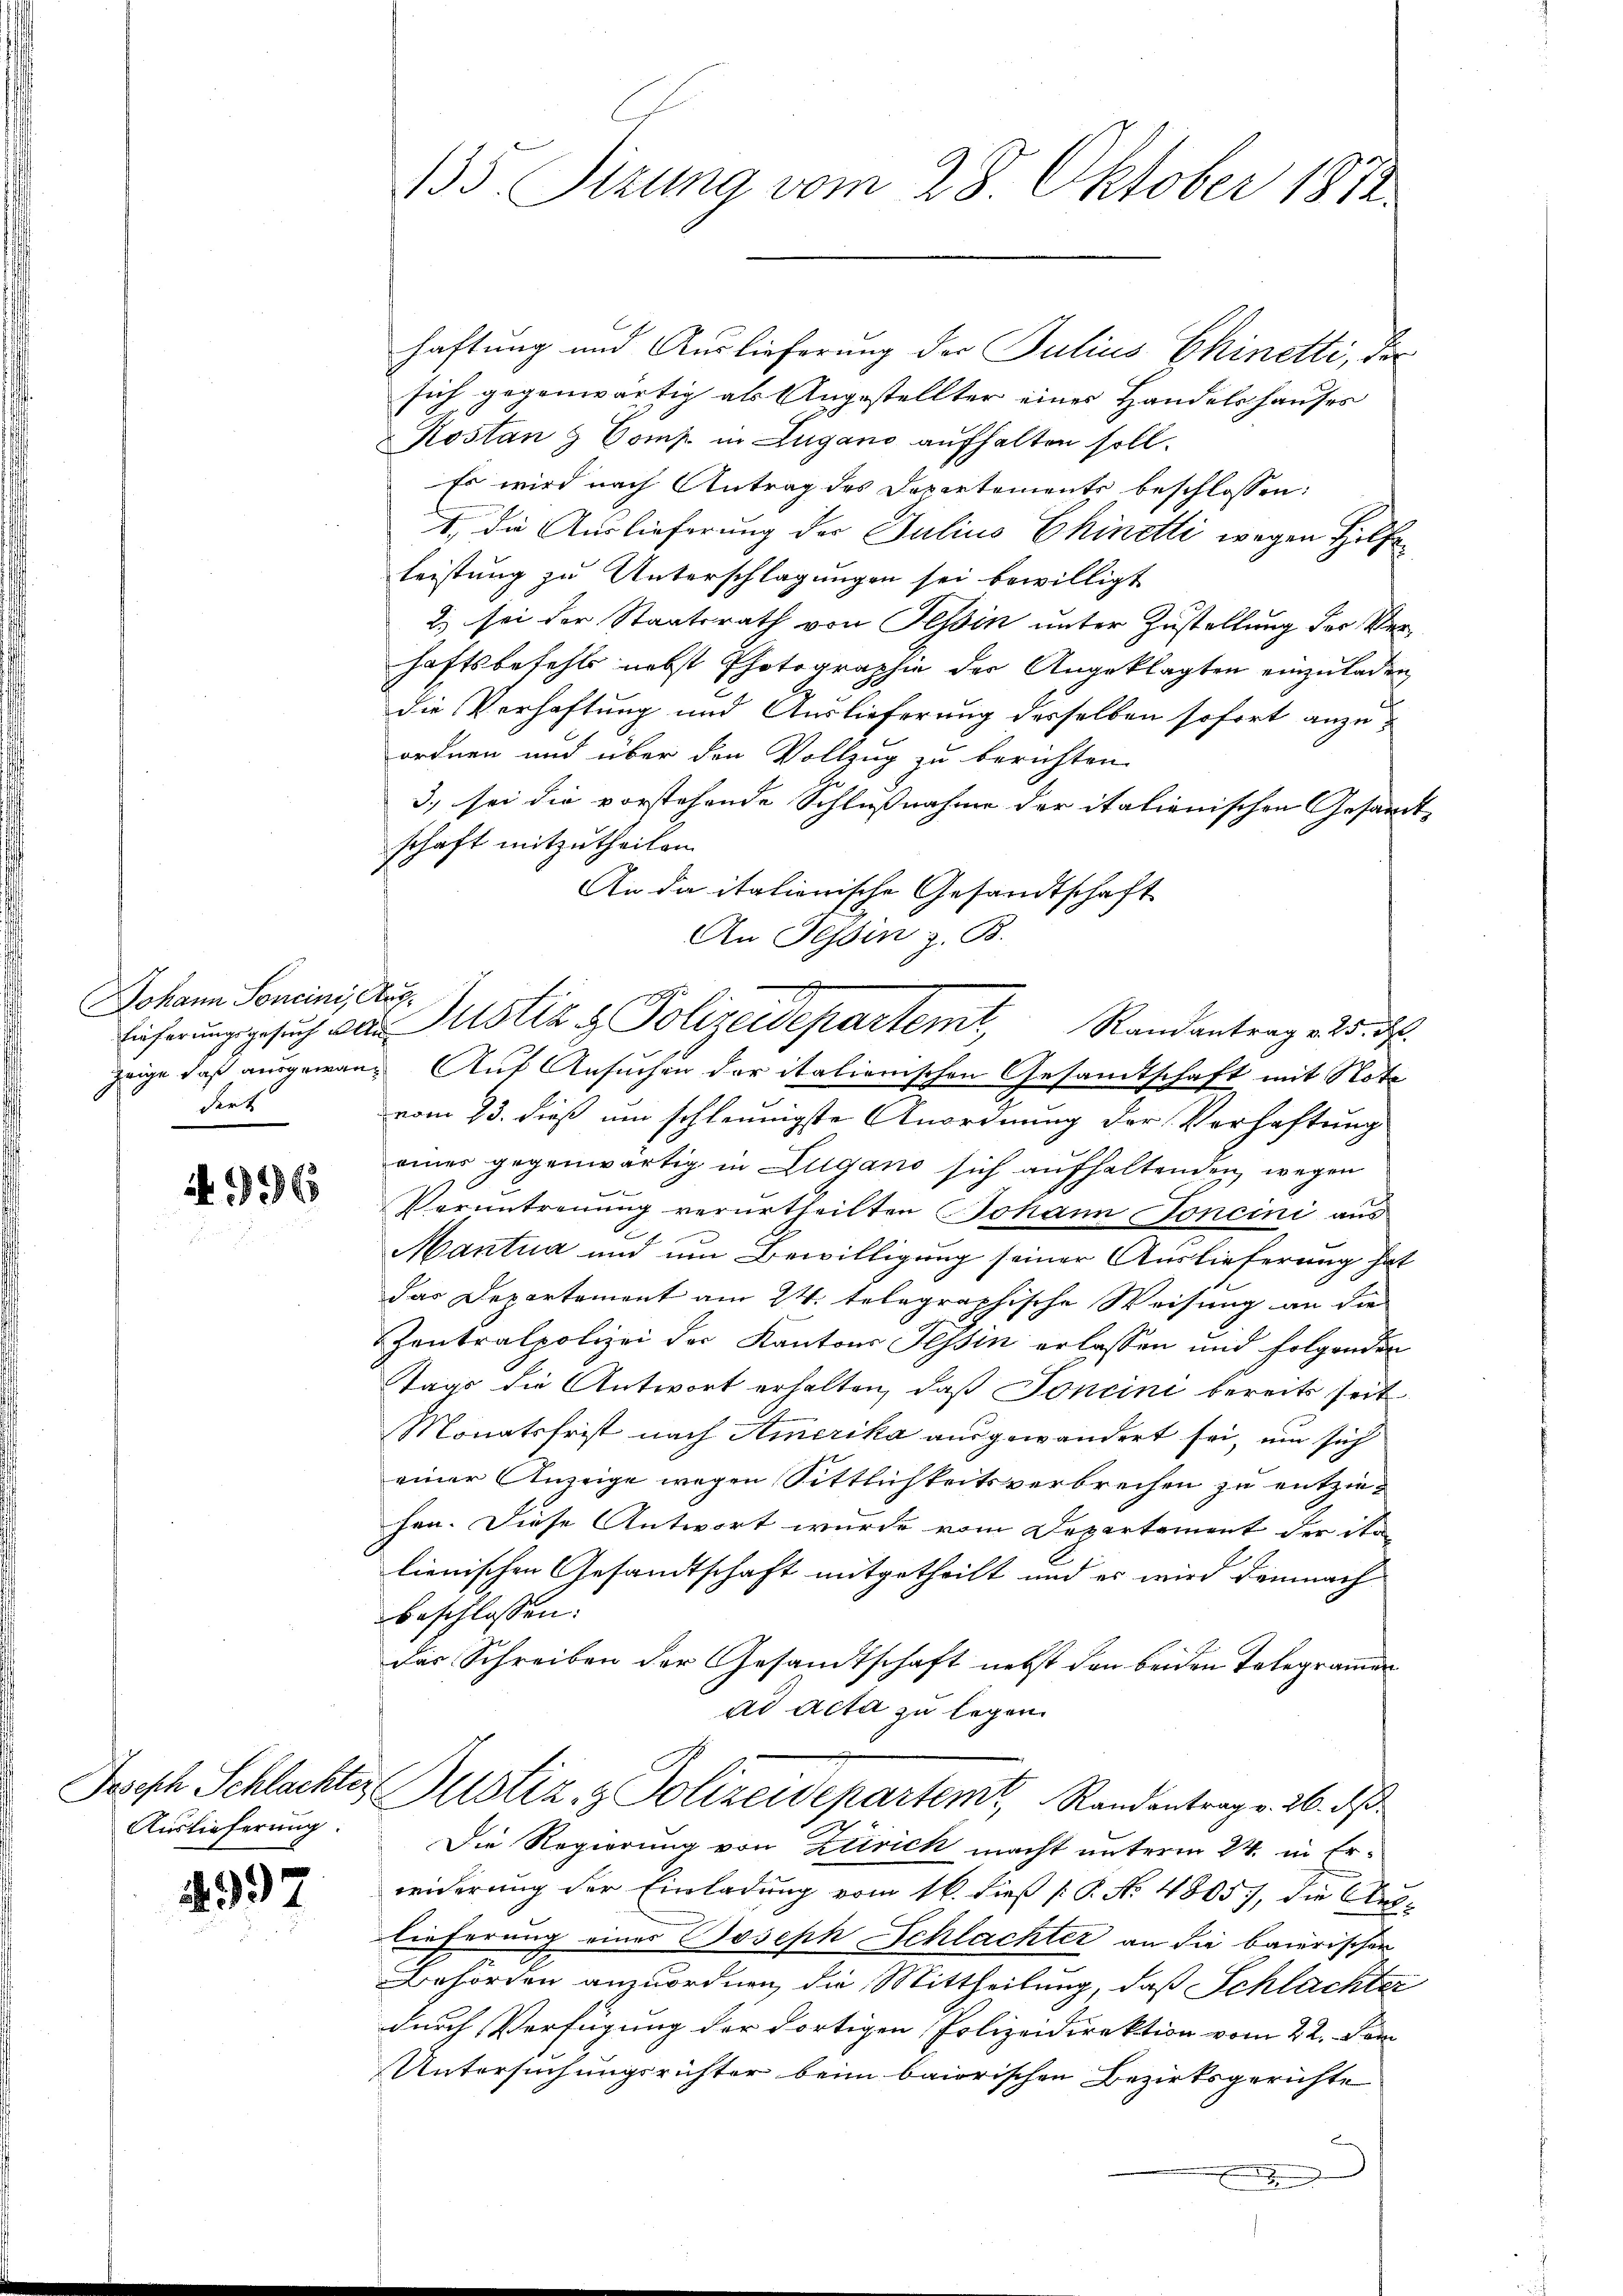
Johann Soncini, Stögdert

4996

Auslieferung.

.992

haftung und Auslieferung der Julius Chinetti, da
sich gegenwärtig als Angestellter eines Handelshauses
Kostan & Comp. in Zugano aufhalten soll.
Es wird nach Antrag des Departemente beschlossen:
1. die Auslieferung der Julius Chinetti wegen Hilf
leistung zu Unterschlagungen sei bewilligt
2) sei der Staatsrath von Tessin unter Zustellung der Verhaftsbefehls nebst Photographie der Angeklagten einzuladen
die Verhaftung und Auslieferung desselben sofort anzuordnen und über den Vollzug zu berichten.
3) sei die vorstehende Schlußnahme der italienischen Gesan
schaft mitzutheilen.
An da italienische Gesandtschaft
An Tessin z. B.
zeige daß ausgewang Auf Ansuchen der italienischen Gesandtschaft mit Note
vom 23. dieß um schleunigste Anordnung der Verhaftung
einer gegenwärtig in Zugano sich aufhaltenden, wegen
Verantrennung verurtheilten Johann Foncini aus
Mantua und um Bewilligung seiner Auslieferung hat
das Departemont am 24. telegraphische Weisung an die
Zentralpolizei der Kantons Tessin erlassen und folgenden
Tags die Antwort erhalten, daß Joncini bereits seit
Monatsfrist nach Amerika ausgewandert sei, um sich
einer Anzeige wegen Sittlichkeitsverbrechen zu entziehen. Diese Antwort wurde vom Departement der Sta
lienischen Gesandtschaft mitgetheilt und es wird demnach
beschlossen:
das Schreiben der Gesandtschaft nebst den beiden Telegrammen
ad Acta zu legen.
Jesisch Schlachter Justiz- & Polizeidepartemt, Randentrag v. 26. ds.
Die Regierung von Zürich macht unterm 24. in Erweiderung der Einladung vom 16. dieß P. No 4805), die Auslieferung eines Joseph Schlachter an die baierischen
Behörden anzuordnen, die Mittheilung, daß Schlachter
durch Verfügung der dortigen Polizeidirektion vom 22. Dem
Untersuchungsrichter beim baiorischen Bezirksgerichte

135. Sizung vom 28. Oktober 1872

Lieferungsgesuch das Justiz & Polizeidepartemt, Randantrag 225. d.